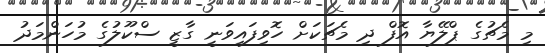
މި މެޗުގެ ޕްލޭޔާ އޮފް ދި މެޗަކަށް ހޮވިފައިވަނީ ގާޒީ ސްކޫލުގެ މުހަންމަދު